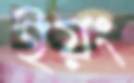
ইয়ং